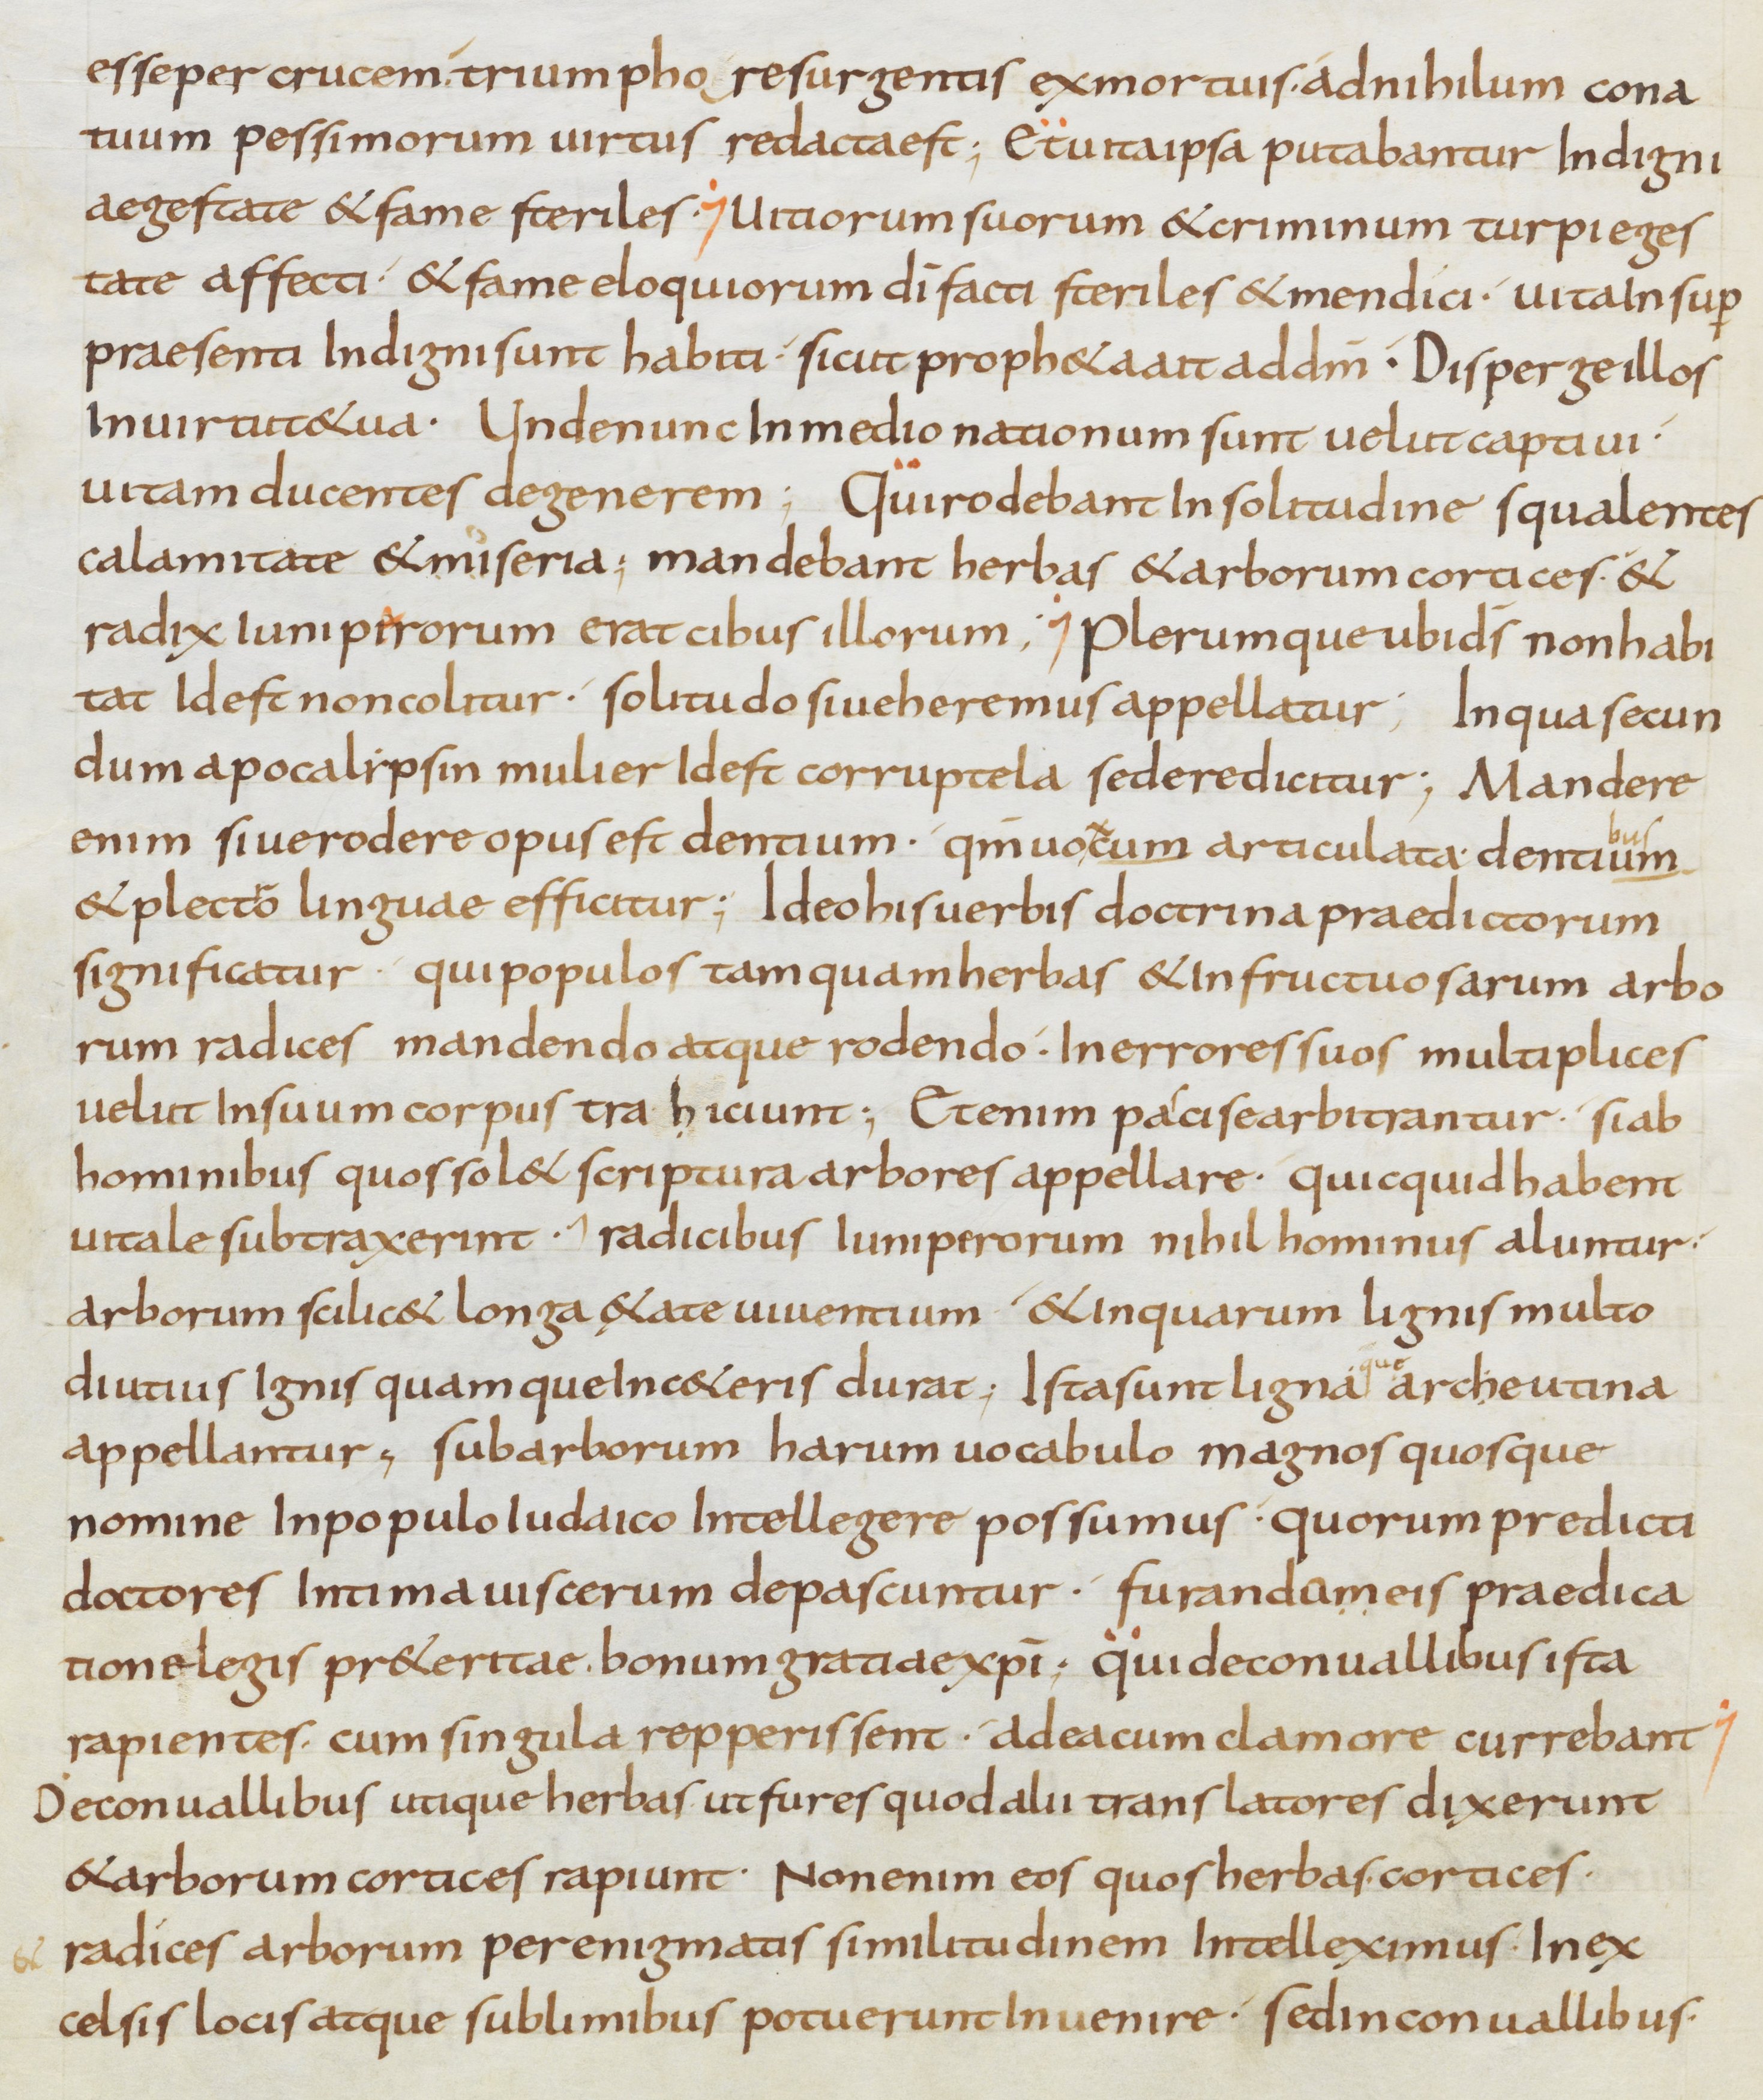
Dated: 800–899